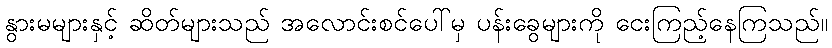
နွားမများနှင့် ဆိတ်များသည် အလောင်းစင်ပေါ်မှ ပန်းခွေများကို ငေးကြည့်နေကြသည်။